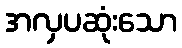
အလှပဆုံးသော